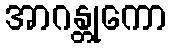
အာဂန္တုကော